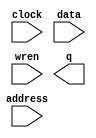
module RAM_1PORT_OLD (
	address,
	clock,
	data,
	wren,
	q);

	input	[9:0]  address;
	input	  clock;
	input	[7:0]  data;
	input	  wren;
	output	[7:0]  q;
`ifndef ALTERA_RESERVED_QIS
// synopsys translate_off
`endif
	tri1	  clock;
`ifndef ALTERA_RESERVED_QIS
// synopsys translate_on
`endif

endmodule